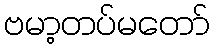
ဗမာ့တပ်မတော်